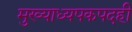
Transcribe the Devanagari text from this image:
मुख्याध्यपकपदही